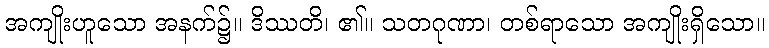
အကျိုးဟူသော အနက်၌။ ဒိဿတိ၊ ၏။ သတဂုဏာ၊ တစ်ရာသော အကျိုးရှိသော။